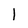
Character: 1